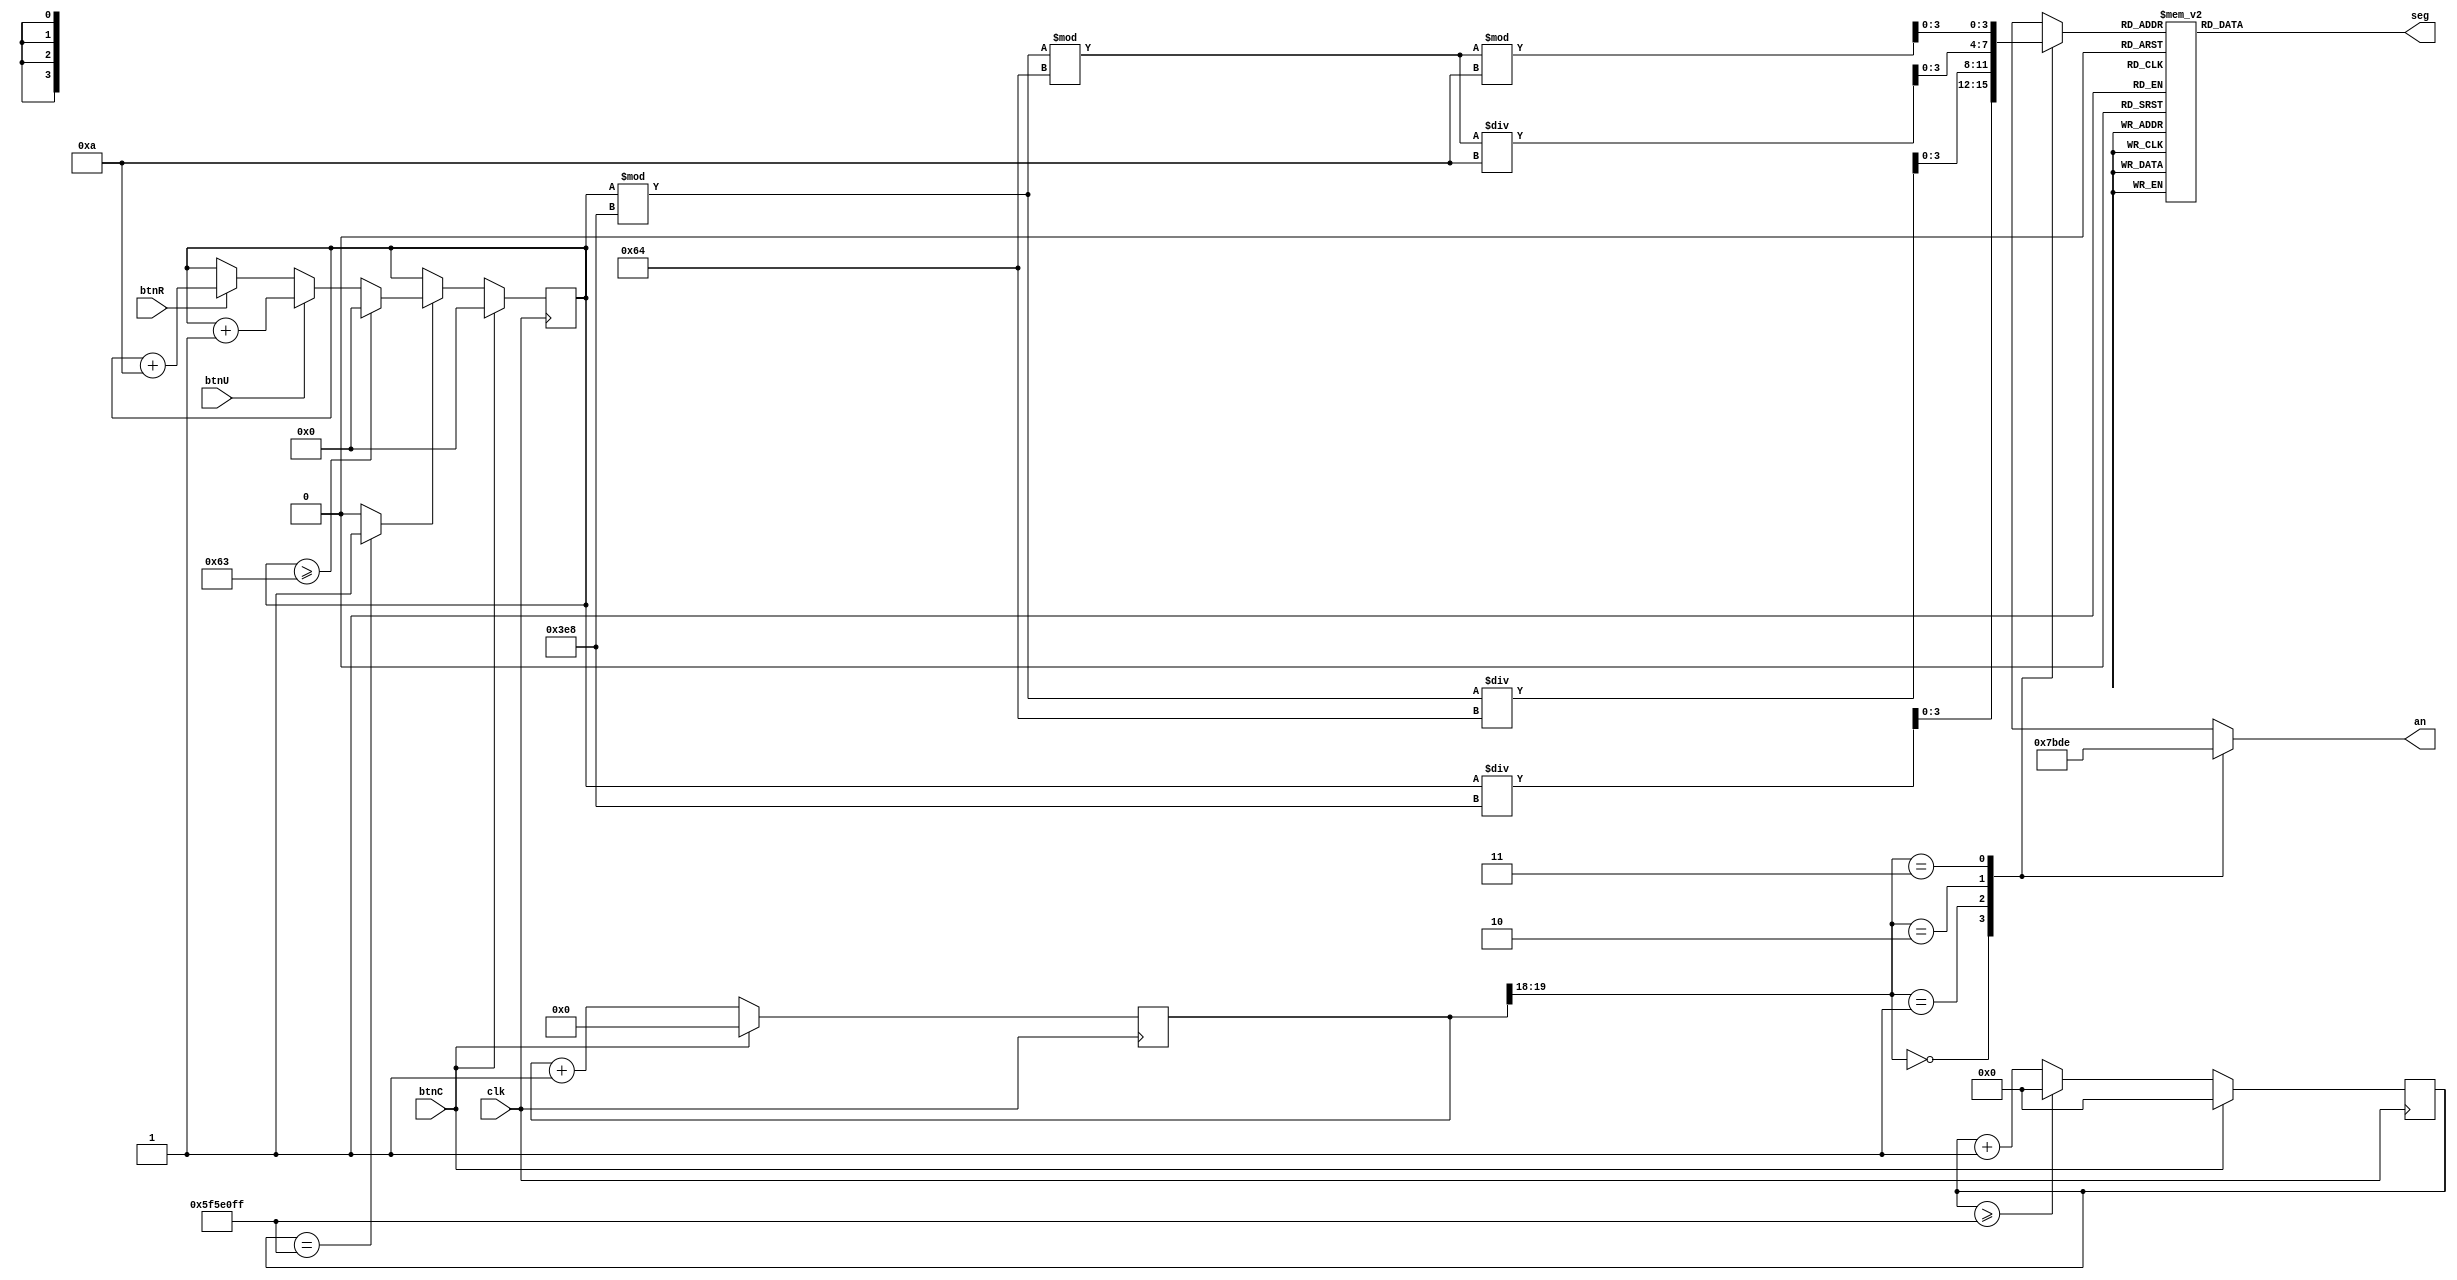
module project_1(clk, btnC, an, seg, btnU, btnR);
input clk;
input btnC;
input btnU, btnR;
output reg [3:0] an;
output reg [6:0] seg;

reg [28:0]count;
wire enable;
reg [15:0]number; //counting number to be displayed
reg [3:0]bcd;
reg[19:0]cnt; //refresh counter
wire [1:0]ac_cn; //led activating counter

always @(posedge clk)
begin
if(btnC)
    count<=0;
else begin
     if(count>=99999999) 
        count<=0;   
    else 
        count<=count+1;
end
end

assign enable=(count==99999999)?1:0;

always @(posedge clk)
begin
if(btnC)begin
    number<=0;
end 
else if(enable==1)
begin
if(number>=99)
number<=0;
else if(btnU)
    number=number+1;
else if(btnR)
number=number+10;
else
   number=number;
    end
end 

always@(posedge clk)
begin
if(btnC)
cnt<=0;
else
cnt<=cnt+1;
end

assign ac_cn= cnt[19:18];

always @(*)
begin
case(ac_cn)
2'b00: begin
an=4'b0111;
begin
bcd=number/1000;
end
end

2'b01:
begin
//if(btnR==1)
begin
bcd=(number%1000)/100;
an=4'b1011;
end
end

2'b10:
begin
bcd=((number%1000)%100)/10;
an=4'b1101;
end

2'b11:
begin
bcd=((number%1000)%100)%10;
an=4'b1110;
end
endcase
end

always@(*)
begin
case(bcd)
 4'b0000: seg = 7'b1000000; // "0" 1000000
 4'b0001: seg = 7'b1111001; // "1" 1111001
 4'b0010: seg = 7'b0100100; // "2" 0100100
 4'b0011: seg = 7'b0110000; // "3" 0110000
 4'b0100: seg = 7'b0011001; // "4" 0011001
 4'b0101: seg = 7'b0010010; // "5" 0010010
 4'b0110: seg = 7'b0000010; // "6" 0000010
 4'b0111: seg = 7'b1111000; // "7" 1111000
 4'b1000: seg = 7'b0000000; // "8" 0000000
 4'b1001: seg = 7'b0010000; // "9" 0010000
 default: seg = 7'b1000000; // "0" 1000000
 endcase
 end
endmodule